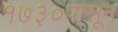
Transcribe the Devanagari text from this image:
१७३०पासून